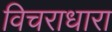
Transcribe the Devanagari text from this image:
विचराधारा